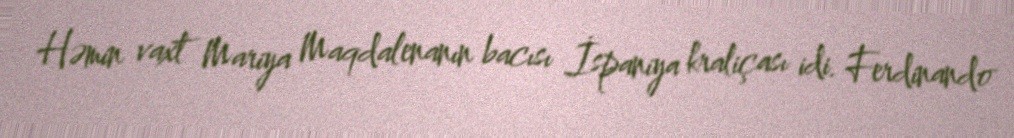
Həmin vaxt Mariya Maqdalenanın bacısı İspaniya kraliçası idi. Ferdinando